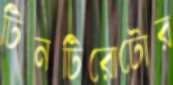
টিনটিরোটোর